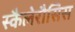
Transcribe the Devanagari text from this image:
स्कैलेरौसिस